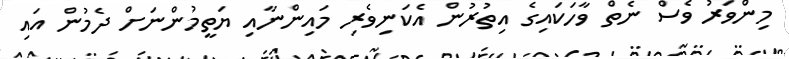
މިންވަރު ވެސް ނެތް ވާހަކައިގެ އިތުރުން އެކަނިވެރި މައިންނާއި ޔަތީމުންނަށް ދެމުން އައި